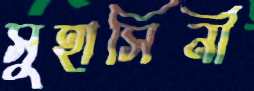
সুহাসিনী